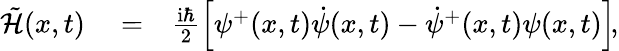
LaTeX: \begin{array}{rlr}{\tilde{\mathcal{H}}({x},t)}&{{}=}&{\frac{\mathrm{i}\hbar}{2}\left[\psi^{+}({x},t)\dot{\psi}({x},t)-\dot{\psi}^{+}({x},t)\psi({x},t)\right]\! ,}\end{array}